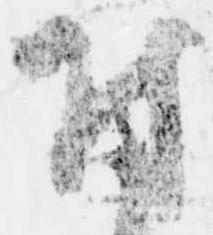
付